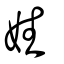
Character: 姓